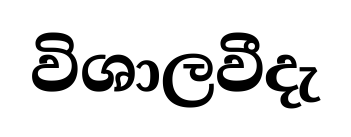
විශාලවීදැ